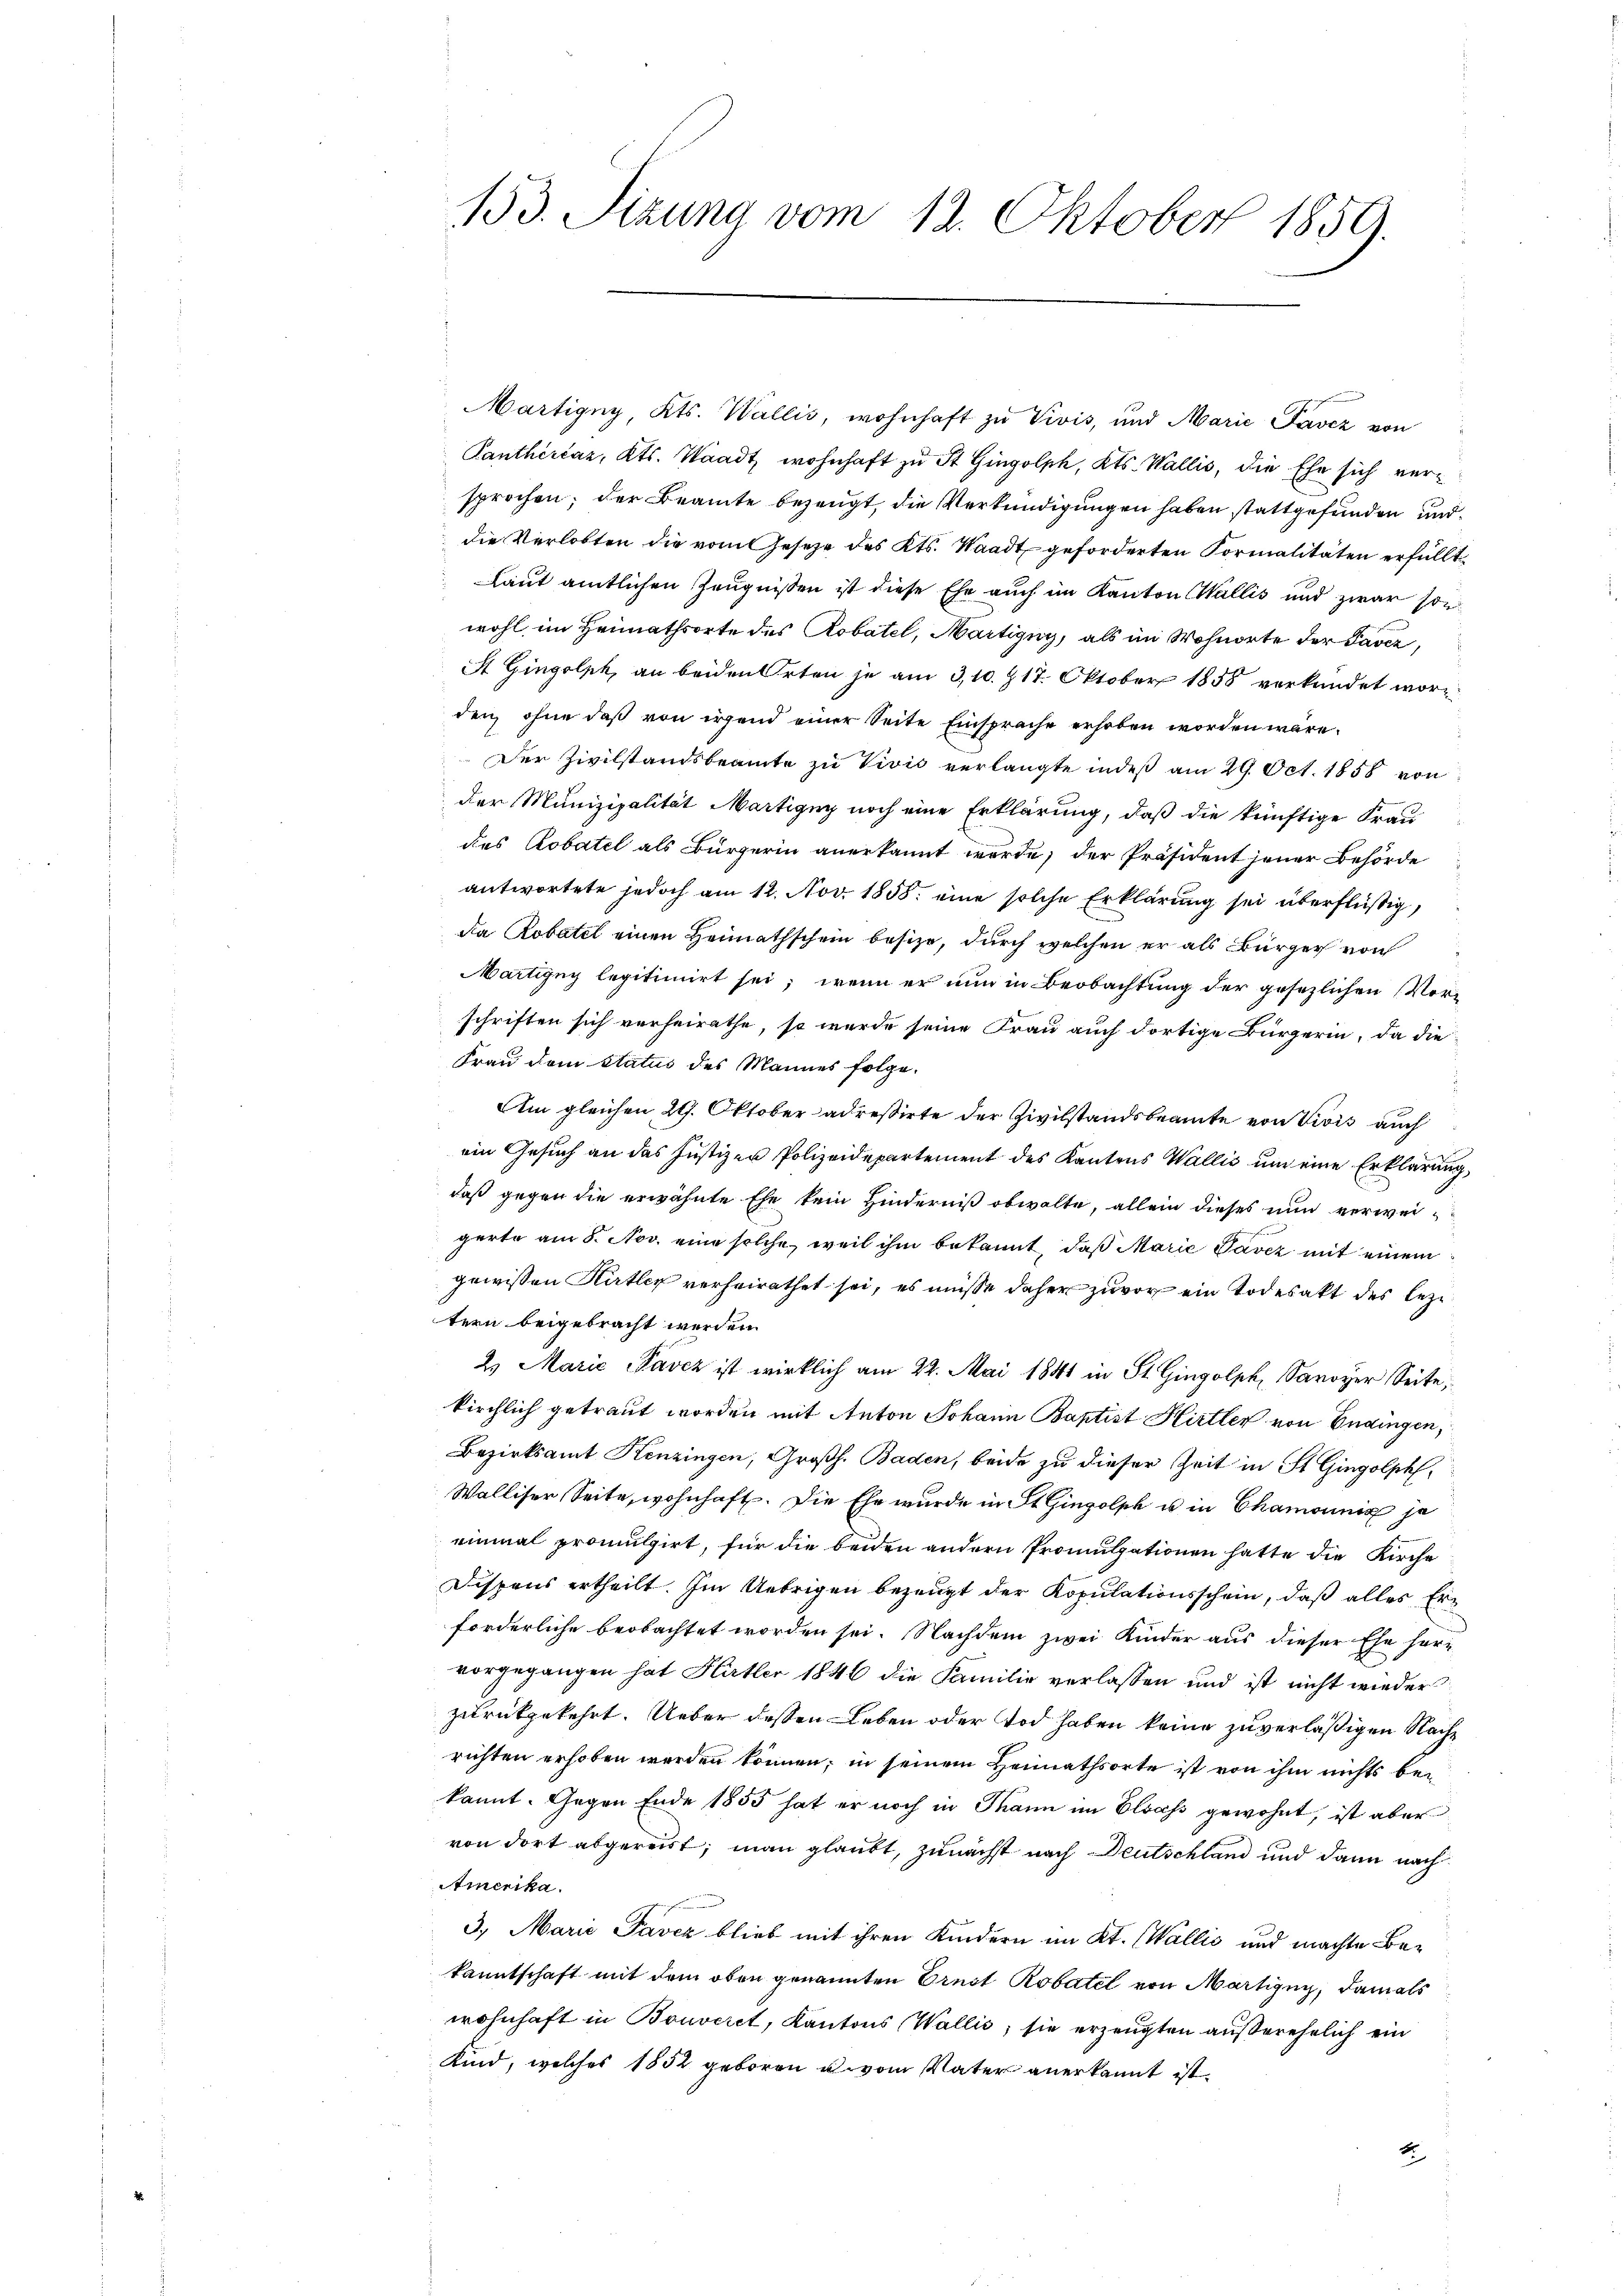
153. Sizung vom 12. Oktober 1859.

Märtigny, Kts. Wallis, wohnhaft zu Vivis, und Marie Pavez von
Panthérčaz, Kts. Waadt wohnhaft zu St. Gingolph, Kts. Wallis, die Ehe sich versprochen; der Beamte bezeugt, die Verkündigungen haben stattgefunden und
die Verlobten die vom Gesetze des Kts. Waadt geforderten Formalitäten erfüllt,
Laut amtlichen Zeugnissen ist diese Ehe auch im Kanton Wallis und zwar son
wohl im Heimathsorte des Robatel, Martigny, als im Wohnorte der Taver,
St Gingolph, an beiden Orten je am 310. Z 17. Oktober 1858 verkündet worden, ohne daß von irgend einer Seite Einsprache erhoben worden wäre.
Der Zivilstandsbeamte zu Vivis verlangte indes am 29. Oct. 1858 von
der Munizipalität Martigny noch eine Erklärung, daß die künftige Frau
des Robatel als Bürgerin anerkannt werde; der Präsident jener Behörde
antwortete jedoch am 12. Nov. 1858. eine solche Erklärung sei überflüßig,
da Robatel einen Heimathschein besize, durch welchen er als Bürger von
Martigny legitimirt sei; wenn er nun in Beobachtung der gesezlichen Vorschriften sich verheirathe, so wurde seine Frau auch dortige Bürgerin, da die
Frau vom Status des Mannes folge.
Am gleichen 29. Oktober adressirte der Zivilstandsbeamte von Divis auch
ein Gesuch an das Justizen Polizeidepartement des Kantons Wallis um eine Erklärung,
daß gegen die erwähnte Ehe kein Hinderniß obwalte, allein dieses nun verweigerte am 8. Nov. eine solche, weil ihm bekannt, daß Marie Pavez mit einem
gewissen Kätler verheirathet sei, es müsse daher zuvor ein Todesakt des leztern beigebracht werden.
2. Marić -Pavez ist wirklich am 22. Mai 1841 in St. Gingolph, Savoyer Seite,
kirchlich getraut worden mit Anton Johann Baptist Hirtler von Endingen,
Bezirksamt Kenzingen, Großh. Baden, beide zu dieser Zeit in St. Gingolph,
Walliser Seite, wohnhaft. Die Ehe wurde in St. Gingolph u in Chamonnig je
einmal promulgirt, für die beiden andern Promulgationen hatte die Kirche
Dispens ertheilt. Im Uebrigen bezeugt der Kopulationsschein, daß alles Erforderliche beobachtet worden sei. Nachdem zwei Kinder aus dieser Ehe hervorgegangen hat Härter 1846 die Familie verlassen und ist nicht wieder
zurückgekehrt. Ueber deßen Leben oder Tod haben keine zuverläßigen Nachrichten erhoben werden können; in seinem Heimathsorte ist von ihm nichts bei
kannt. Gegen Ende 1855 hat er noch in Mann im Elsass gewohnt, ist aber
von dort abgereist; man glaubt, zunächst nach Deutschland und dann nach
Amerika.
3. Marie Taver blieb mit ihren Kindern im Kt. Wallis und machte Bekanntschaft mit dem oben genannten Ernst Robatel von Martigny, damals
wohnhaft in Bouveret, Kantons Wallis, sie erzeugten außerehelich ein
Kind, welches 1852 geboren u. vom Vater anerkannt ist.